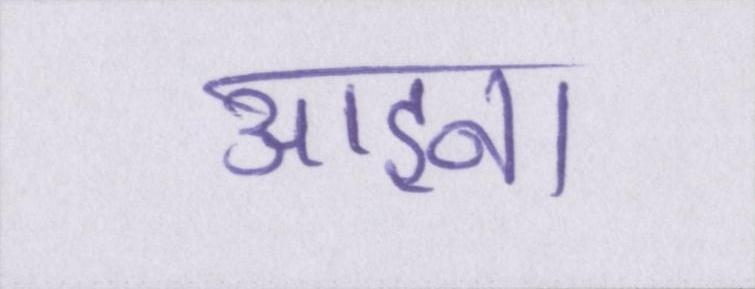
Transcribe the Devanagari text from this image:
आइना